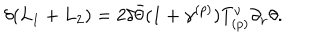
\delta ( L _ { 1 } + L _ { 2 } ) = 2 \delta \bar { \theta } ( 1 + \gamma ^ { ( p ) } ) T _ { ( p ) } ^ { \nu } \partial _ { \nu } \theta .